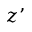
z ’